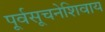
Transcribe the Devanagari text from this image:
पूर्वसूचनेशिवाय